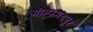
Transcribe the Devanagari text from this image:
मौह्म्मदपुर